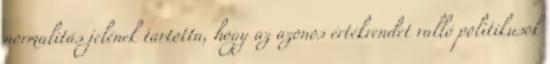
normalitás jelének tartotta, hogy az azonos értékrendet valló politikusok